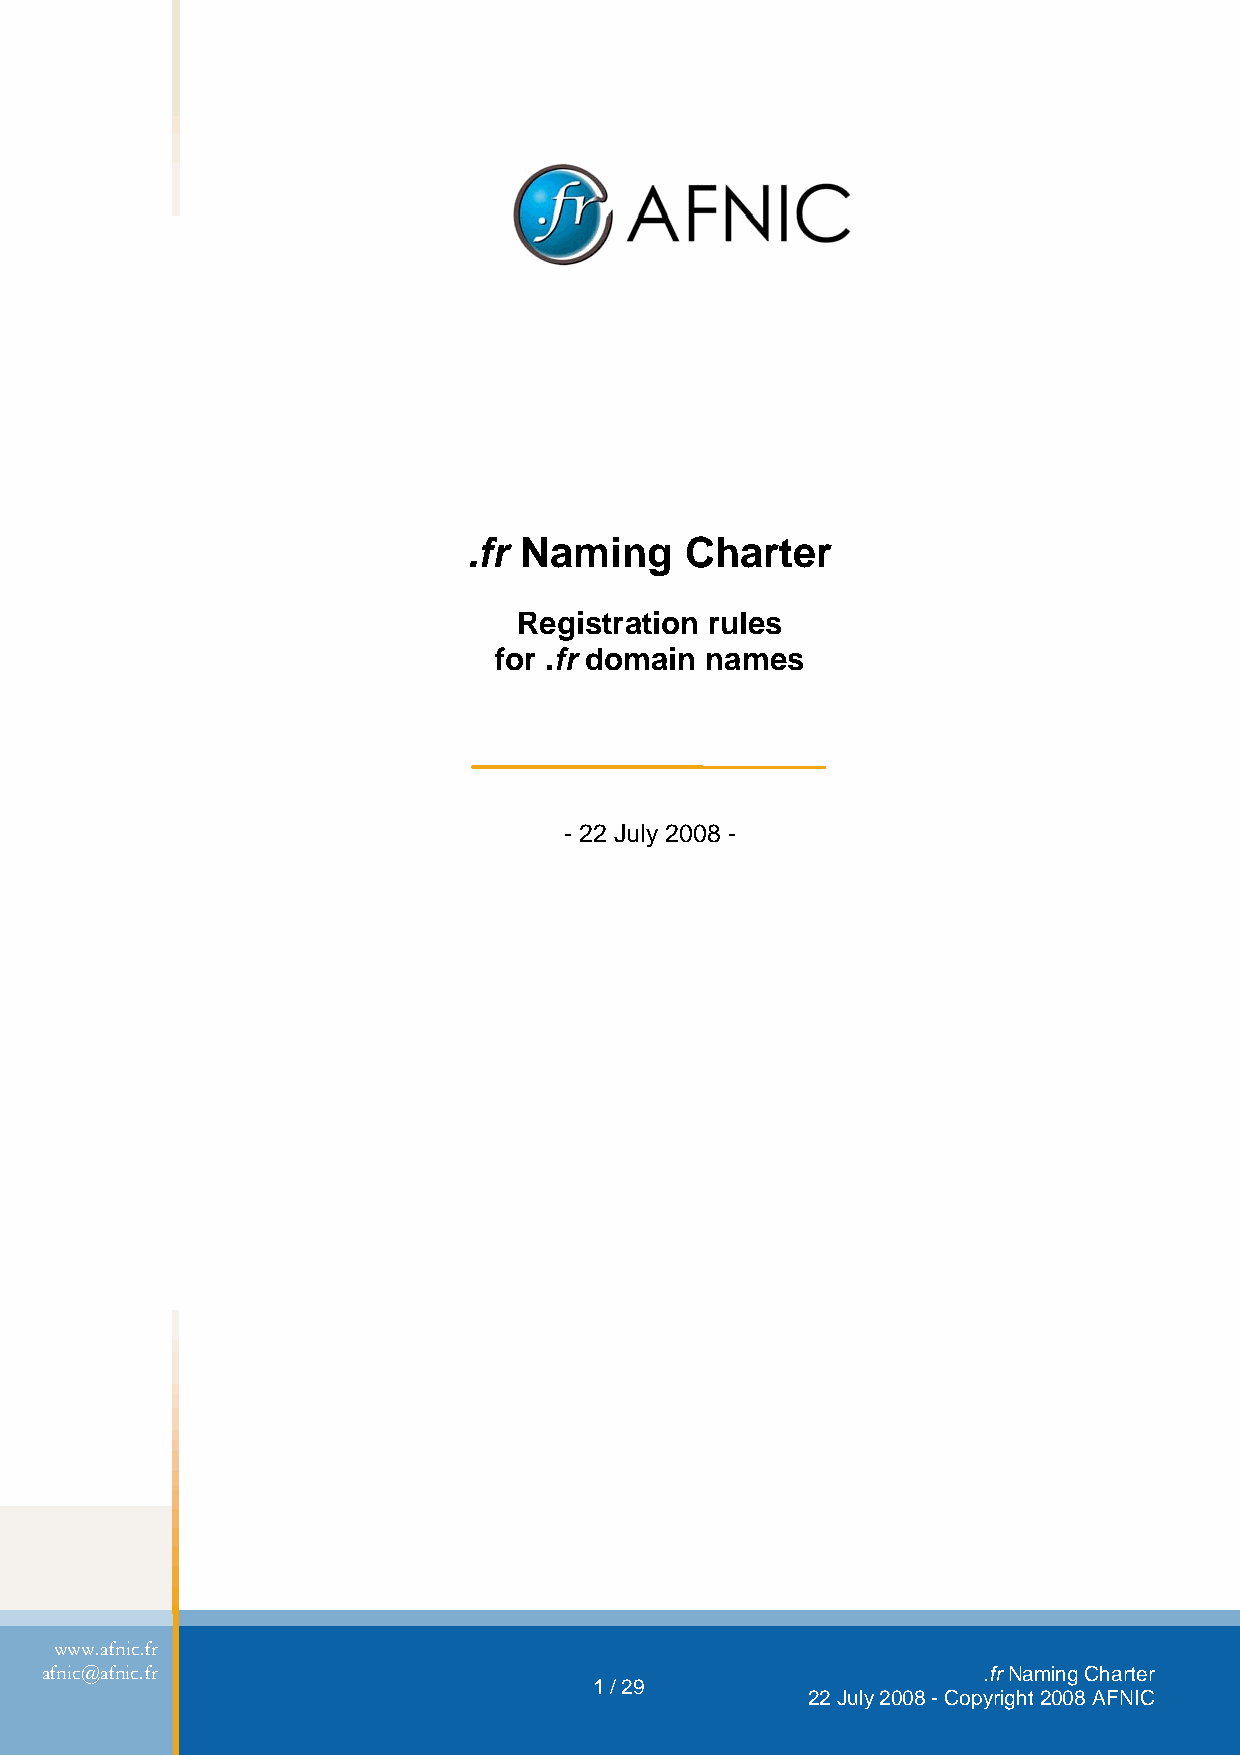
.fr Naming    Charter
 Registration rules
 for .fr domain names
 - 22 July 2008 -
 www.afnic.fr
 afnic@afnic.fr                                                .fr Naming Charter
 1 / 29
 22 July 2008 - Copyright 2008 AFNIC